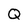
Character: Q